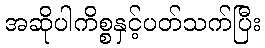
အဆိုပါကိစ္စနှင့်ပတ်သက်ပြီး